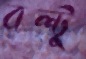
বল্টু